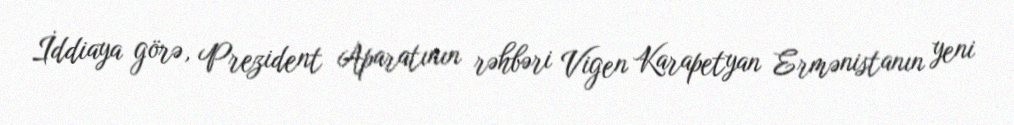
İddiaya görə, Prezident Aparatının rəhbəri Vigen Karapetyan Ermənistanın yeni